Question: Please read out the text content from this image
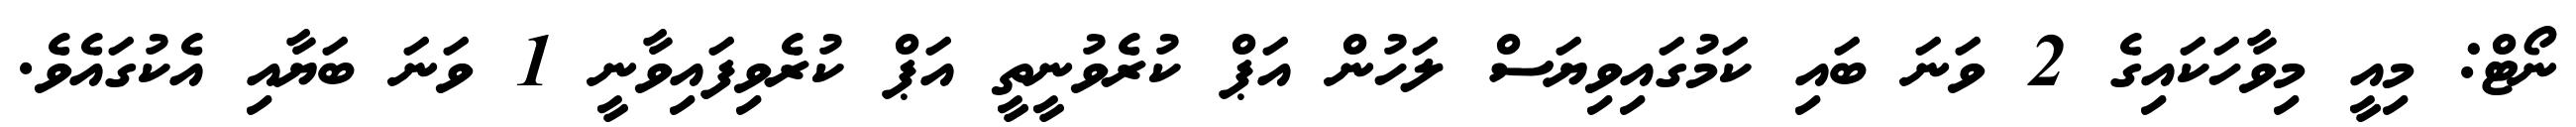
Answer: ނޯޓް: މިއީ މިވާހަކައިގެ 2 ވަނަ ބައި ކަމުގައިވިޔަސް ލަހުން އަޕް ކުރެވުނީތީ އަޕް ކުރެވިފައިވާނީ 1 ވަނަ ބަޔާއި އެކުގައެވެ.